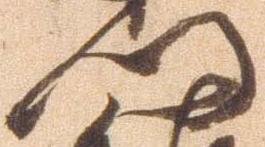
門